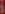
&